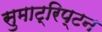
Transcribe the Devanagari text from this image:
सुमाट्रिप्टन